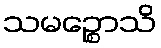
သမဉ္စောသိ